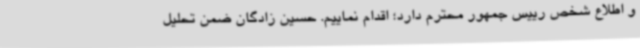
و اطلاع شخص رییس جمهور محترم دارد؛ اقدام نماییم. حسین زادگان ضمن تحلیل